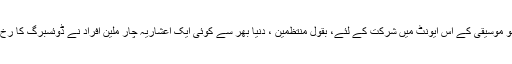
ٹیکنو موسیقی کے اس ایونٹ میں شرکت کے لئے، بقول منتظمین ، دنیا بھر سے کوئی ایک اعشاریہ چار ملین افراد نے ڈوئسبرگ کا رخ کیا۔